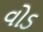
વોડ